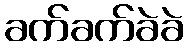
ခက်ခက်ခဲခဲ